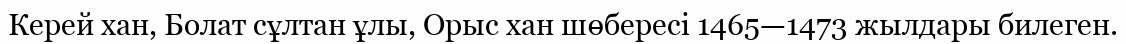
Керей хан, Болат сұлтан ұлы, Орыс хан шөбересі 1465—1473 жылдары билеген.